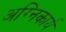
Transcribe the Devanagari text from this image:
अग्निकार्य